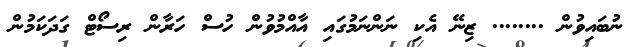
ނުބައިވުން ........ ޒިނޭ އެކި ނަންނަމުގައި އާއްމުވުން ހުސް ހަރާން ރިސޯޓް ގަދަކަމުން